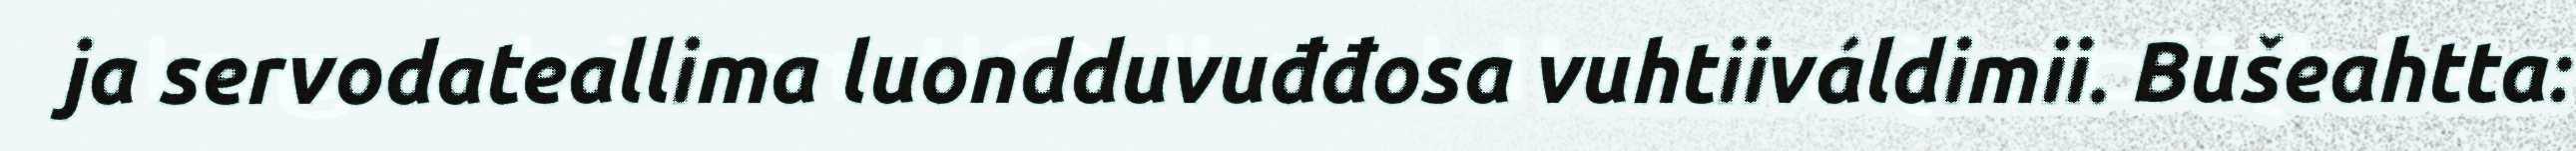
ja servodateallima luondduvuđđosa vuhtiiváldimii. Bušeahtta: